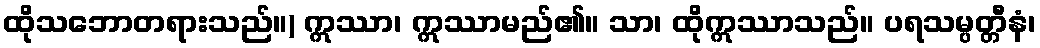
ထိုသဘောတရားသည်။) ဣဿာ၊ ဣဿာမည်၏။ သာ၊ ထိုဣဿာသည်။ ပရသမ္ပတ္တီနံ၊